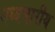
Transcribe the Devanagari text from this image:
मध्यभारीय